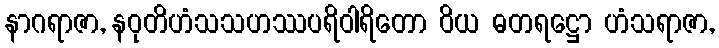
နာဂရာဇာ, နဝုတိဟံသသဟဿပရိဝါရိတော ဝိယ ဓတရဋ္ဌော ဟံသရာဇာ,